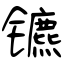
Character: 镳